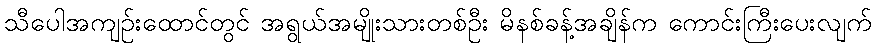
သီပေါအကျဉ်းထောင်တွင် အရွယ်အမျိုးသားတစ်ဦး မိနစ်ခန့်အချိန်က ကောင်းကြီးပေးလျက်